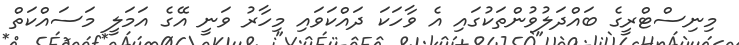
މިނިސްޓްރީގެ ބައްދަލުވުންތަކުގައި އެ ވާހަކަ ދައްކަވައި މިހާރު ވަނީ އޭގެ އަމަލީ މަސައްކަތް